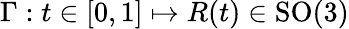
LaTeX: \Gamma:t\in[0,1]\mapsto R(t)\in\mathrm{SO}(3)